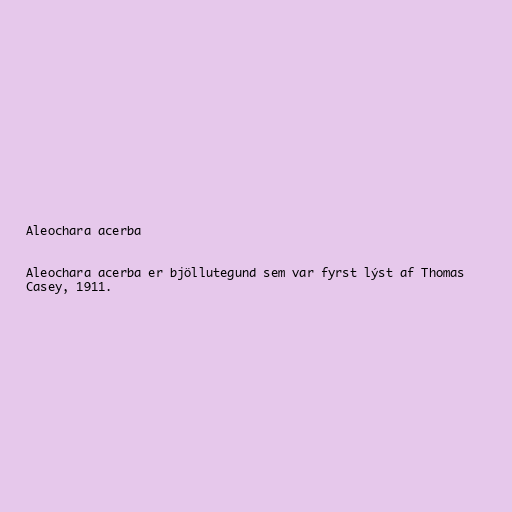
Aleochara acerba

Aleochara acerba er bjöllutegund sem var fyrst lýst af Thomas
Casey, 1911.